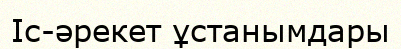
Іс-әрекет ұстанымдары